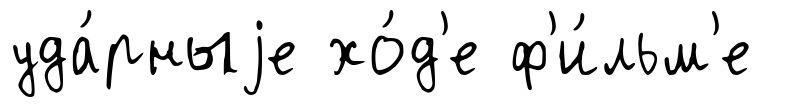
уда́рныjе хо́д'е ф'и́льм'е